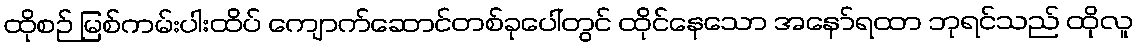
ထိုစဉ် မြစ်ကမ်းပါးထိပ် ကျောက်ဆောင်တစ်ခုပေါ်တွင် ထိုင်နေသော အနော်ရထာ ဘုရင်သည် ထိုလူ